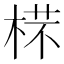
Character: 𣔟